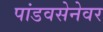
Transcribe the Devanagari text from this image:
पांडवसेनेवर